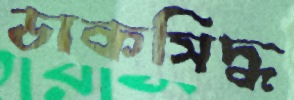
ডাকসিদ্ধ